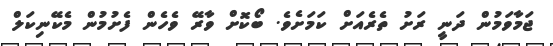
ޖަމާވަމުން ދަނީ ރަށު ތެރެއަށް ކަމަށެވެ. ބޯކޮށް ވާރޭ ވެހެން ފެށުމުން މެކޭނިކަލް